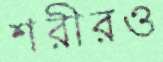
শরীরও